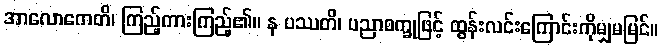
အာလောကေတိ၊ ကြည့်ကားကြည့်၏။ န ပဿတိ၊ ပညာစက္ခုဖြင့် ထွန်းလင်းကြောင်းကိုမျှမမြင်။